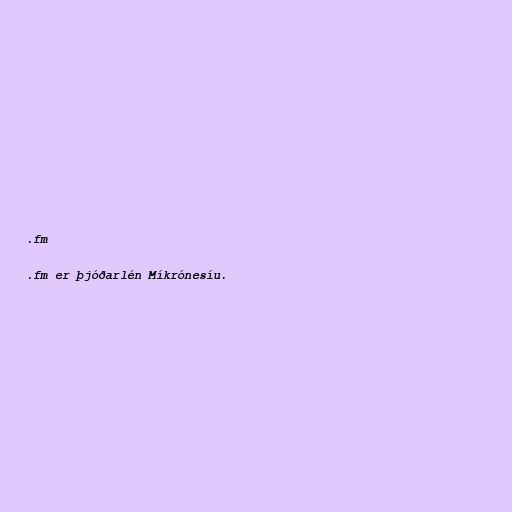
.fm

.fm er þjóðarlén Míkrónesíu.